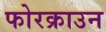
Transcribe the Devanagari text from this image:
फोरक्राउन